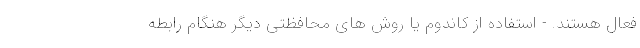
فعال هستند. - استفاده از کاندوم یا روش های محافظتی دیگر هنگام رابطه